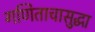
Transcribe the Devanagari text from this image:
गणिताचासुद्धा